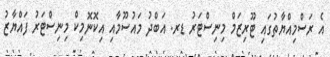
އެ ރަސްމިއްޔާތުގައި ޓޫރިޒަމް މިނިސްޓަރު ޑރ. އަބްދު މައުސޫމާއި އިކޮނޮމިކް މިނިސްޓަރު ފައްޔާޒު